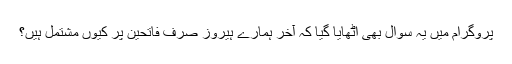
پروگرام میں یہ سوال بھی اٹھایا گیا کہ آخر ہمارے ہیروز صرف فاتحین پر کیوں مشتمل ہیں؟